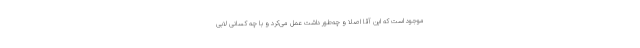
موجود است که این آقا اصلا و چه‌طور داشت عمل می‌کرد و با چه کسانی لابی